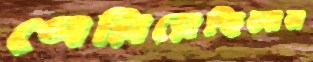
পেরিয়েছিলাম